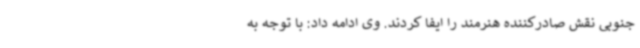
جنوبی نقش صادرکننده هنرمند را ایفا کردند. وی ادامه داد: با توجه به